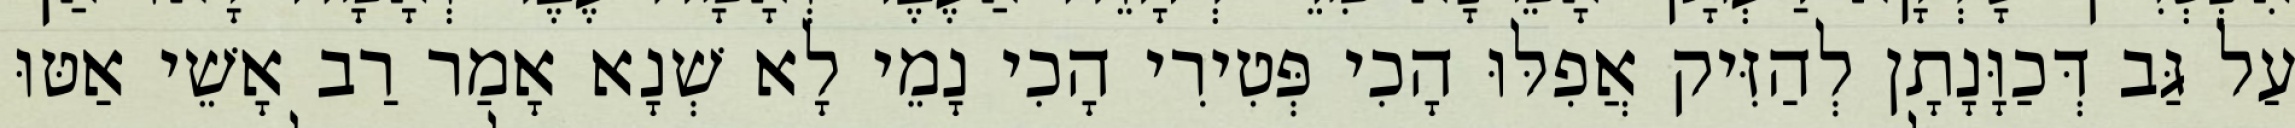
עַל גַּב דְּכַוָּנָתָן לְהַזִּיק אֲפִלּוּ הָכִי פְּטִירִי הָכִי נָמֵי לָא שְׁנָא אָמַר רַב אָשֵׁי אַטּוּ